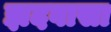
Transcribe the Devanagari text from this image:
झदवासा